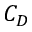
C _ { D }